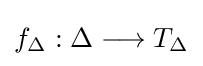
{\textstyle f_{\Delta }:\Delta \longrightarrow T_{\Delta }}